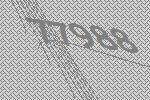
77988